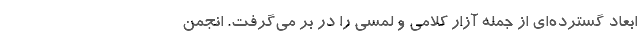
ابعاد گسترده‌ای از جمله آزار کلامی و لمسی را در بر می‌گرفت. انجمن